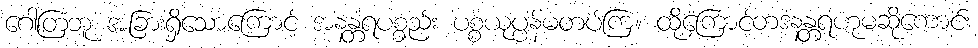
ဂေါတြဘူ အခြားရှိသောကြောင့် အနန္တရပစ္စည်း ပစ္စယုပ္ပန်မတပ်ကြ။ ထို့ကြောင့်တဒနန္တရံဟုမဆိုကောင်း